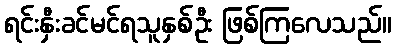
ရင်းနှီးခင်မင်ရသူနှစ်ဦး ဖြစ်ကြလေသည်။